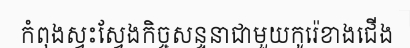
កំពុងស្វះស្វែងកិច្ចសន្ទនាជាមួយកូរ៉េខាងជើង